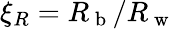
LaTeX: \xi_{R}=R_{\mathrm{~b~}}/R_{\mathrm{~w~}}